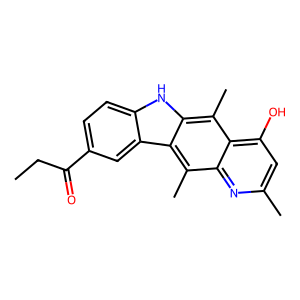
SMILES: CCC(=O)c1ccc2[nH]c3c(C)c4c(O)cc(C)nc4c(C)c3c2c1
Inhibits HIV replication: No